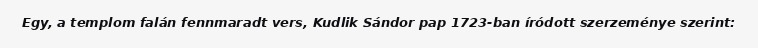
Egy, a templom falán fennmaradt vers, Kudlik Sándor pap 1723-ban íródott szerzeménye szerint: